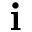
\mathbf { i }